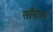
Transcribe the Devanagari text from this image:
सॉग्रास